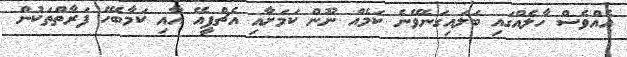
އެއްވެސް ހާލެއްގައި ބަލައިގަނެވޭނެ ކަމެއް ނޫން ކަމަށާއިި އެޗްޕީއޭ އާއި ކަމާބެހޭ ފަރާތްތަކުން